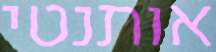
אותנטי